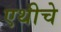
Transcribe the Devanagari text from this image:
एथीचे